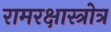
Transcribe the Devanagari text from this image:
रामरक्षास्त्रोत्र